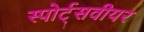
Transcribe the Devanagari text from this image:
स्पोर्ट्सवीयर